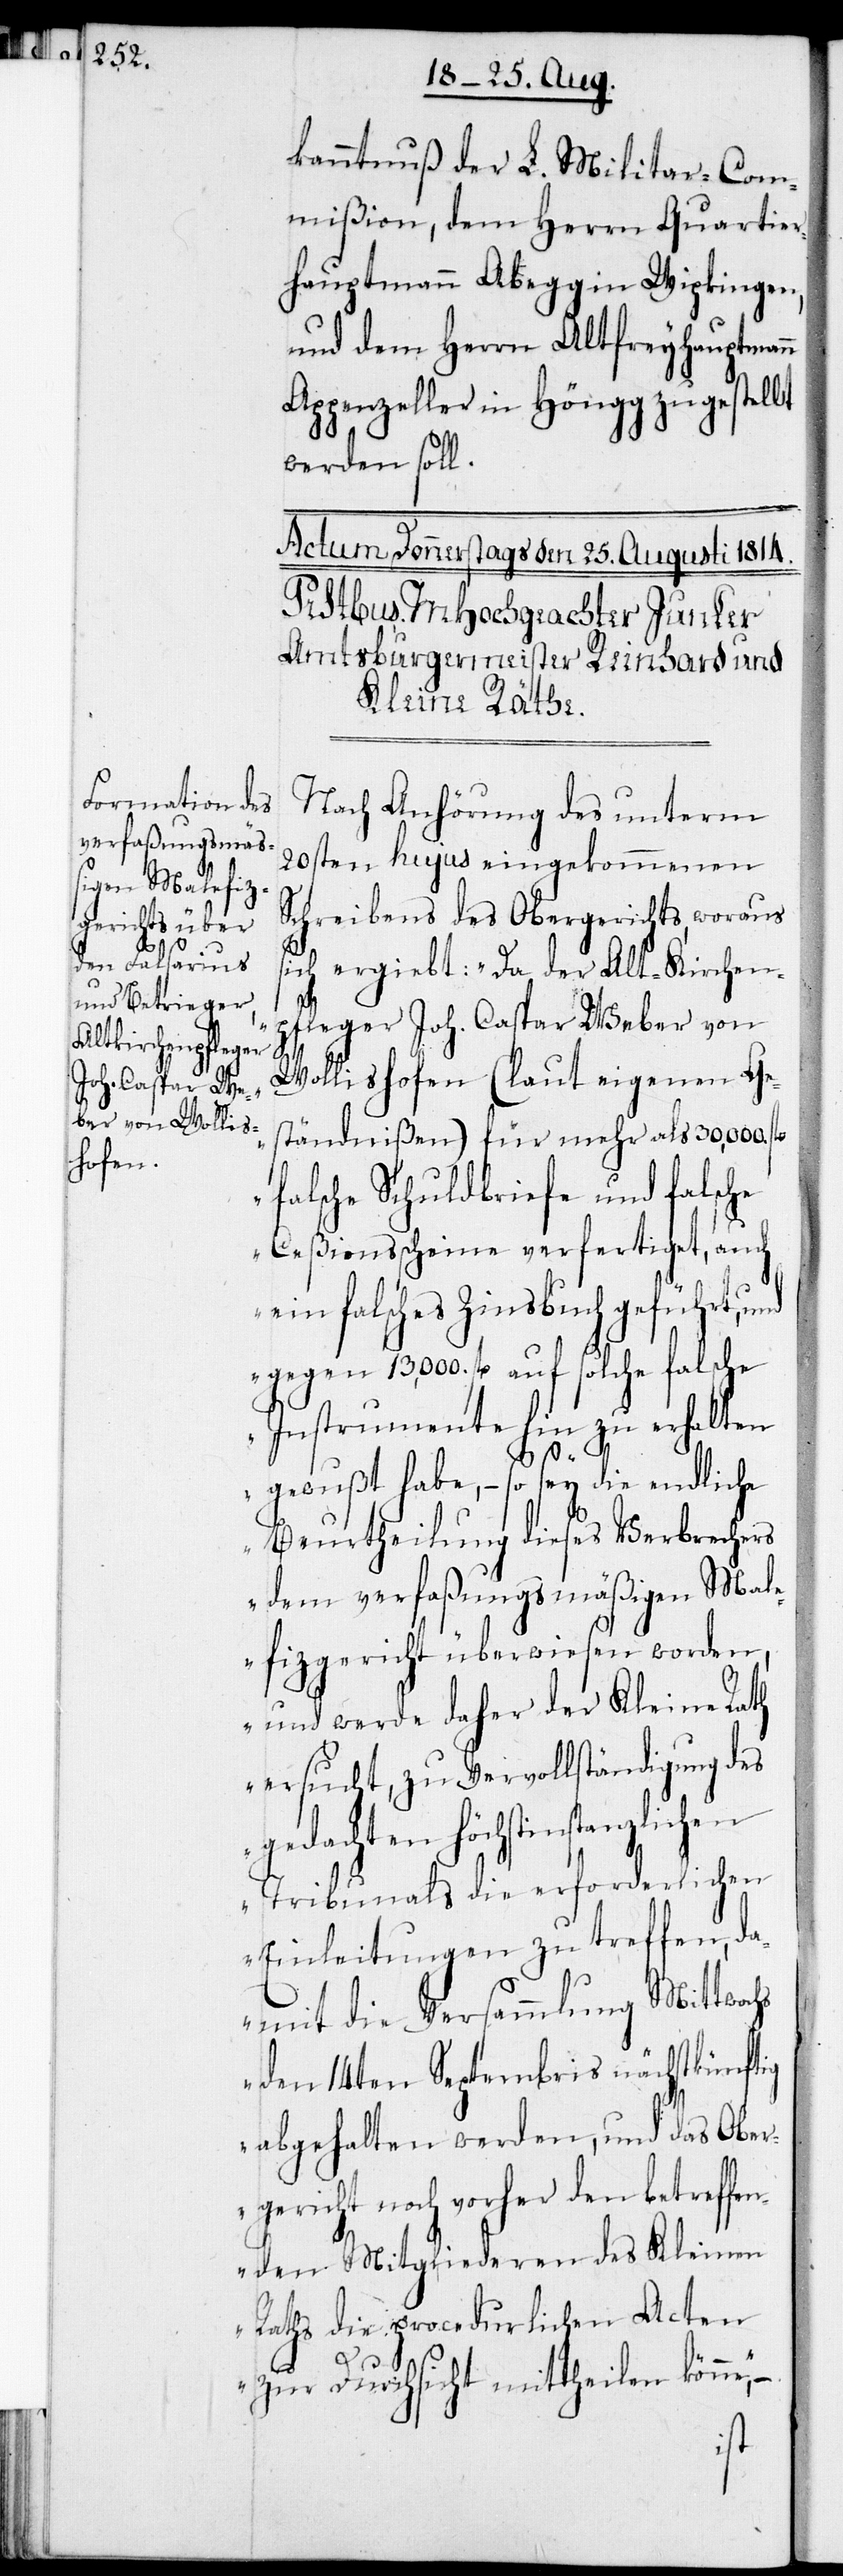
kanntnuß der L. Militar-Com¬
mißion, dem Herrn Quartier¬
hauptmann Abegg in Wipkingen,
und dem Herrn Altfreyhauptmann
Appenzeller in Höngg zugestellt
werden soll.
Nach Anhörung des unterm
20sten hujus eingekommenen
Schreibens des Obergerichts, woraus
ich ergiebt: „Da der Alt-Kirchen¬
pfleger Joh. Caspar Weber von
Wollishofen (laut eigenen Ge¬
ständnißen) für mehr als 30,000 fl.
falsche Schuldbriefe und falsche
Ceßionßcheine verfertiget, auch
ein falsches Zinsbuch geführt, und
gegen 13,000 fl. auf solche falsche
Instrumente hin zu erhalten
gewußt habe, – so sey die endliche
Beurtheilung dieses Verbrechers
dem verfaßungsmäßigen Mal¬
efizgericht überwiesen worden,
und werde daher der Kleine Rath
ersucht, zu Vervollständigung des
gedachten höchstinstanzlichen
Tribunals die erforderlichen
Einleitungen zu treffen, da¬
mit die Versammlung Mittwochs
den 14ten Septembris nächstkünftig
abgehalten werden, und das Ober¬
gericht noch vorher den betreffen¬
den Mitgliederen des Kleinen
Raths die procedurlichen Acten
zur Durchsicht mittheilen könne“, –
s¬